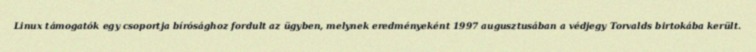
Linux támogatók egy csoportja bírósághoz fordult az ügyben, melynek eredményeként 1997 augusztusában a védjegy Torvalds birtokába került.